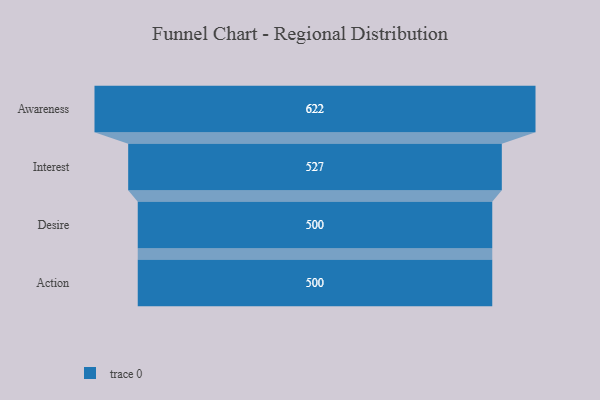
{"axis": {"x": "Stage", "y": "Value"}, "legend": [""], "data": [{"x": "Awareness", "y": 622.0, "type": ""}, {"x": "Interest", "y": 527.0, "type": ""}, {"x": "Desire", "y": 500, "type": ""}, {"x": "Action", "y": 500, "type": ""}]}